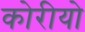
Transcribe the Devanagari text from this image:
कोरीयो